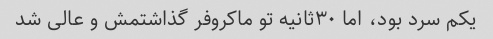
یکم سرد بود، اما ۳۰ثانیه تو ماکروفر گذاشتمش و عالی شد